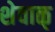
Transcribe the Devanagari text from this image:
शेवाळ्